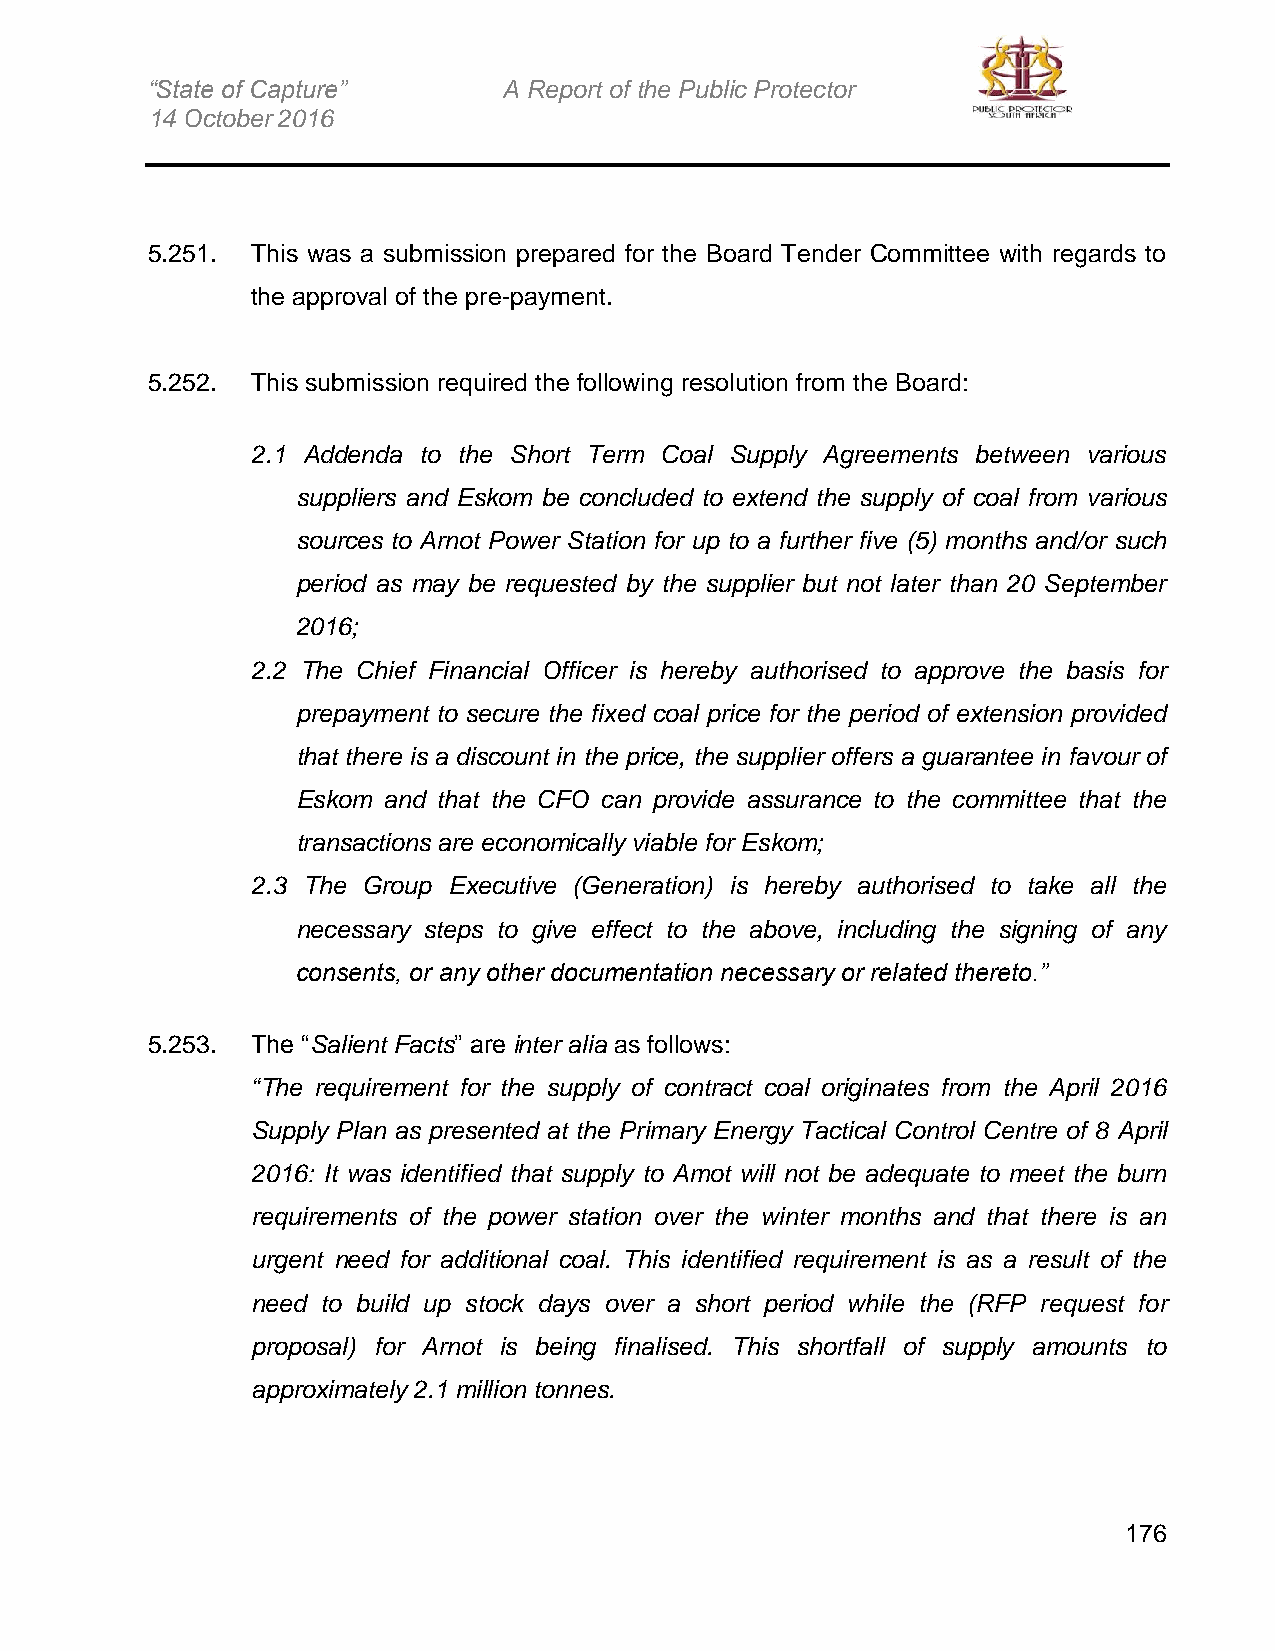
“State of Capture”     A Report of the Public Protector
 14 October 2016
 5.251. This was a submission prepared for the Board Tender Committee with regards to
 the approval of the pre-payment.
 5.252. This submission required the following resolution from the Board:
 2.1 Addenda to the Short Term Coal Supply Agreements between various
 suppliers and Eskom be concluded to extend the supply of coal from various
 sources to Arnot Power Station for up to a further five (5) months and/or such
 period as may be requested by the supplier but not later than 20 September
 2016;
 2.2 The Chief Financial Officer is hereby authorised to approve the basis for
 prepayment to secure the fixed coal price for the period of extension provided
 that there is a discount in the price, the supplier offers a guarantee in favour of
 Eskom and that the CFO can provide assurance to the committee that the
 transactions are economically viable for Eskom;
 2.3 The Group Executive (Generation) is hereby authorised to take all the
 necessary steps to give effect to the above, including the signing of any
 consents, or any other documentation necessary or related thereto.”
 5.253. The “Salient Facts” are inter alia as follows:
 “The requirement for the supply of contract coal originates from the April 2016
 Supply Plan as presented at the Primary Energy Tactical Control Centre of 8 April
 2016: It was identified that supply to Amot will not be adequate to meet the burn
 requirements of the power station over the winter months and that there is an
 urgent need for additional coal. This identified requirement is as a result of the
 need to build up stock days over a short period while the (RFP request for
 proposal) for Arnot is being finalised. This shortfall of supply amounts to
 approximately 2.1 million tonnes.
 176